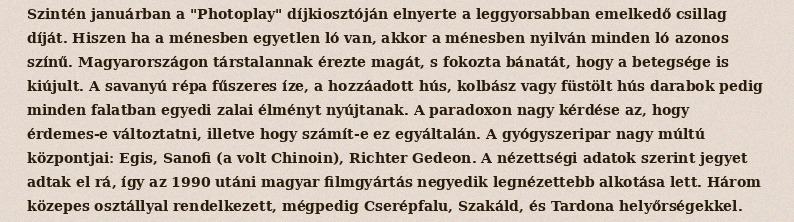
Szintén januárban a "Photoplay" díjkiosztóján elnyerte a leggyorsabban emelkedő csillag díját. Hiszen ha a ménesben egyetlen ló van, akkor a ménesben nyilván minden ló azonos színű. Magyarországon társtalannak érezte magát, s fokozta bánatát, hogy a betegsége is kiújult. A savanyú répa fűszeres íze, a hozzáadott hús, kolbász vagy füstölt hús darabok pedig minden falatban egyedi zalai élményt nyújtanak. A paradoxon nagy kérdése az, hogy érdemes-e változtatni, illetve hogy számít-e ez egyáltalán. A gyógyszeripar nagy múltú központjai: Egis, Sanofi (a volt Chinoin), Richter Gedeon. A nézettségi adatok szerint jegyet adtak el rá, így az 1990 utáni magyar filmgyártás negyedik legnézettebb alkotása lett. Három közepes osztállyal rendelkezett, mégpedig Cserépfalu, Szakáld, és Tardona helyőrségekkel.